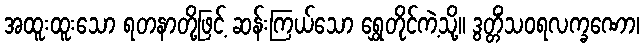
အထူးထူးသော ရတနာတို့ဖြင့် ဆန်းကြယ်သော ရွှေတိုင်ကဲ့သို့။ ဒွတ္တိံသဝရလက္ခဏော၊